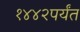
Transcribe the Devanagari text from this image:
१४४२पर्यंत